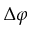
\Delta \varphi